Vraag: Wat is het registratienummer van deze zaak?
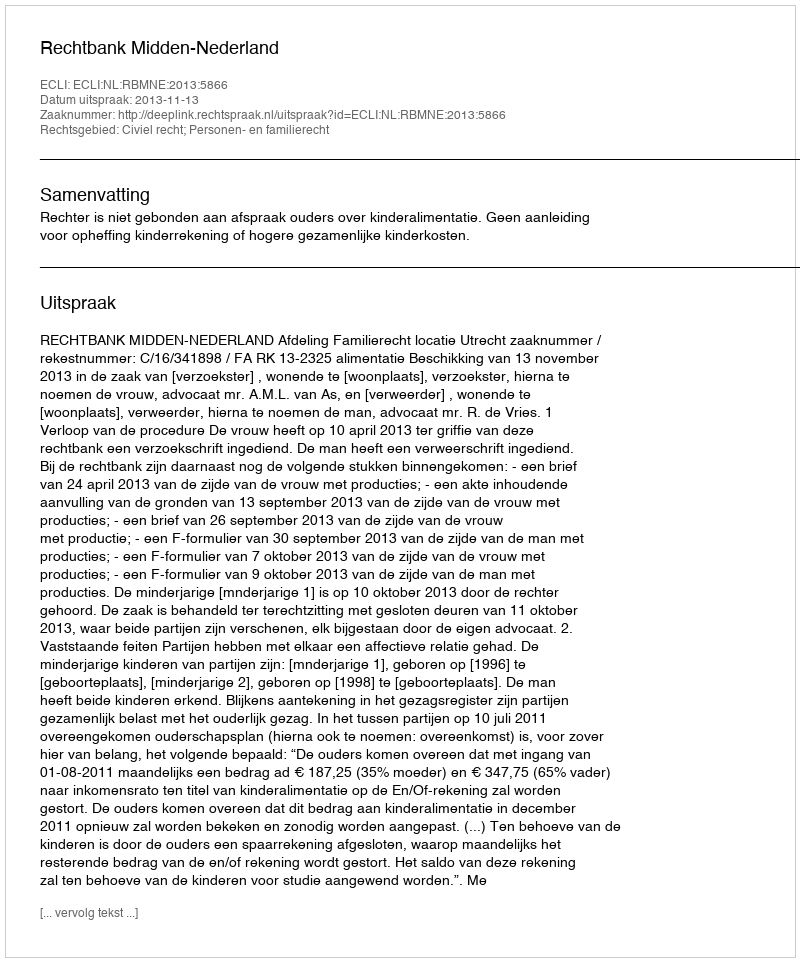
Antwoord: http://deeplink.rechtspraak.nl/uitspraak?id=ECLI:NL:RBMNE:2013:5866